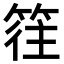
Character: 𥯂